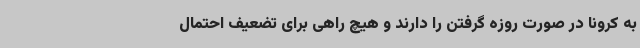
به کرونا در صورت روزه گرفتن را دارند و هیچ راهی برای تضعیف احتمال